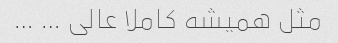
مثل همیشه کاملا عالی … …